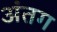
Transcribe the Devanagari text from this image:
अंतग